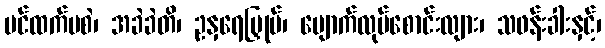
ပင်ထက်မစဲ၊ အခဲခဲတိ၊ ဥနှရေမြှုပ်၊ မျောက်လုပ်စောင်းလျား၊ သဖန်းခါးနှင့်၊